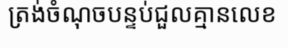
ត្រង់ចំណុចបន្ទប់ជួលគ្មានលេខ